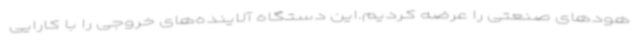
هودهای صنعتی را عرضه کردیم.این دستگاه آلاینده‌های خروجی را با کارایی